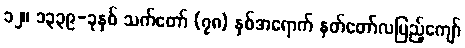
၁၂။ ၁၃၃၉-ခုနှစ် သက်တော် (၇၈) နှစ်အရောက် နတ်တော်လပြည့်ကျော်